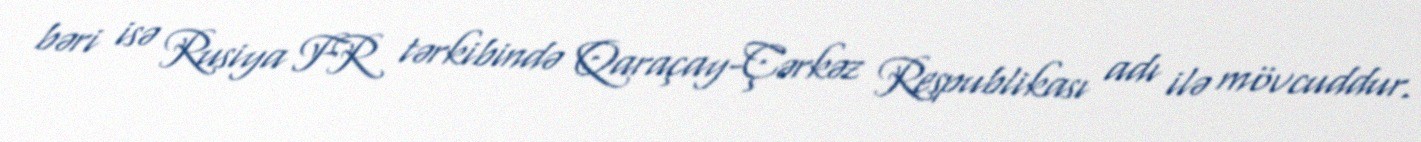
bəri isə Rusiya FR tərkibində Qaraçay-Çərkəz Respublikası adı ilə mövcuddur.